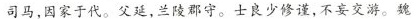
司马，因家于代。父延，兰陵郡守。士良少修谨，不妄交游。魏